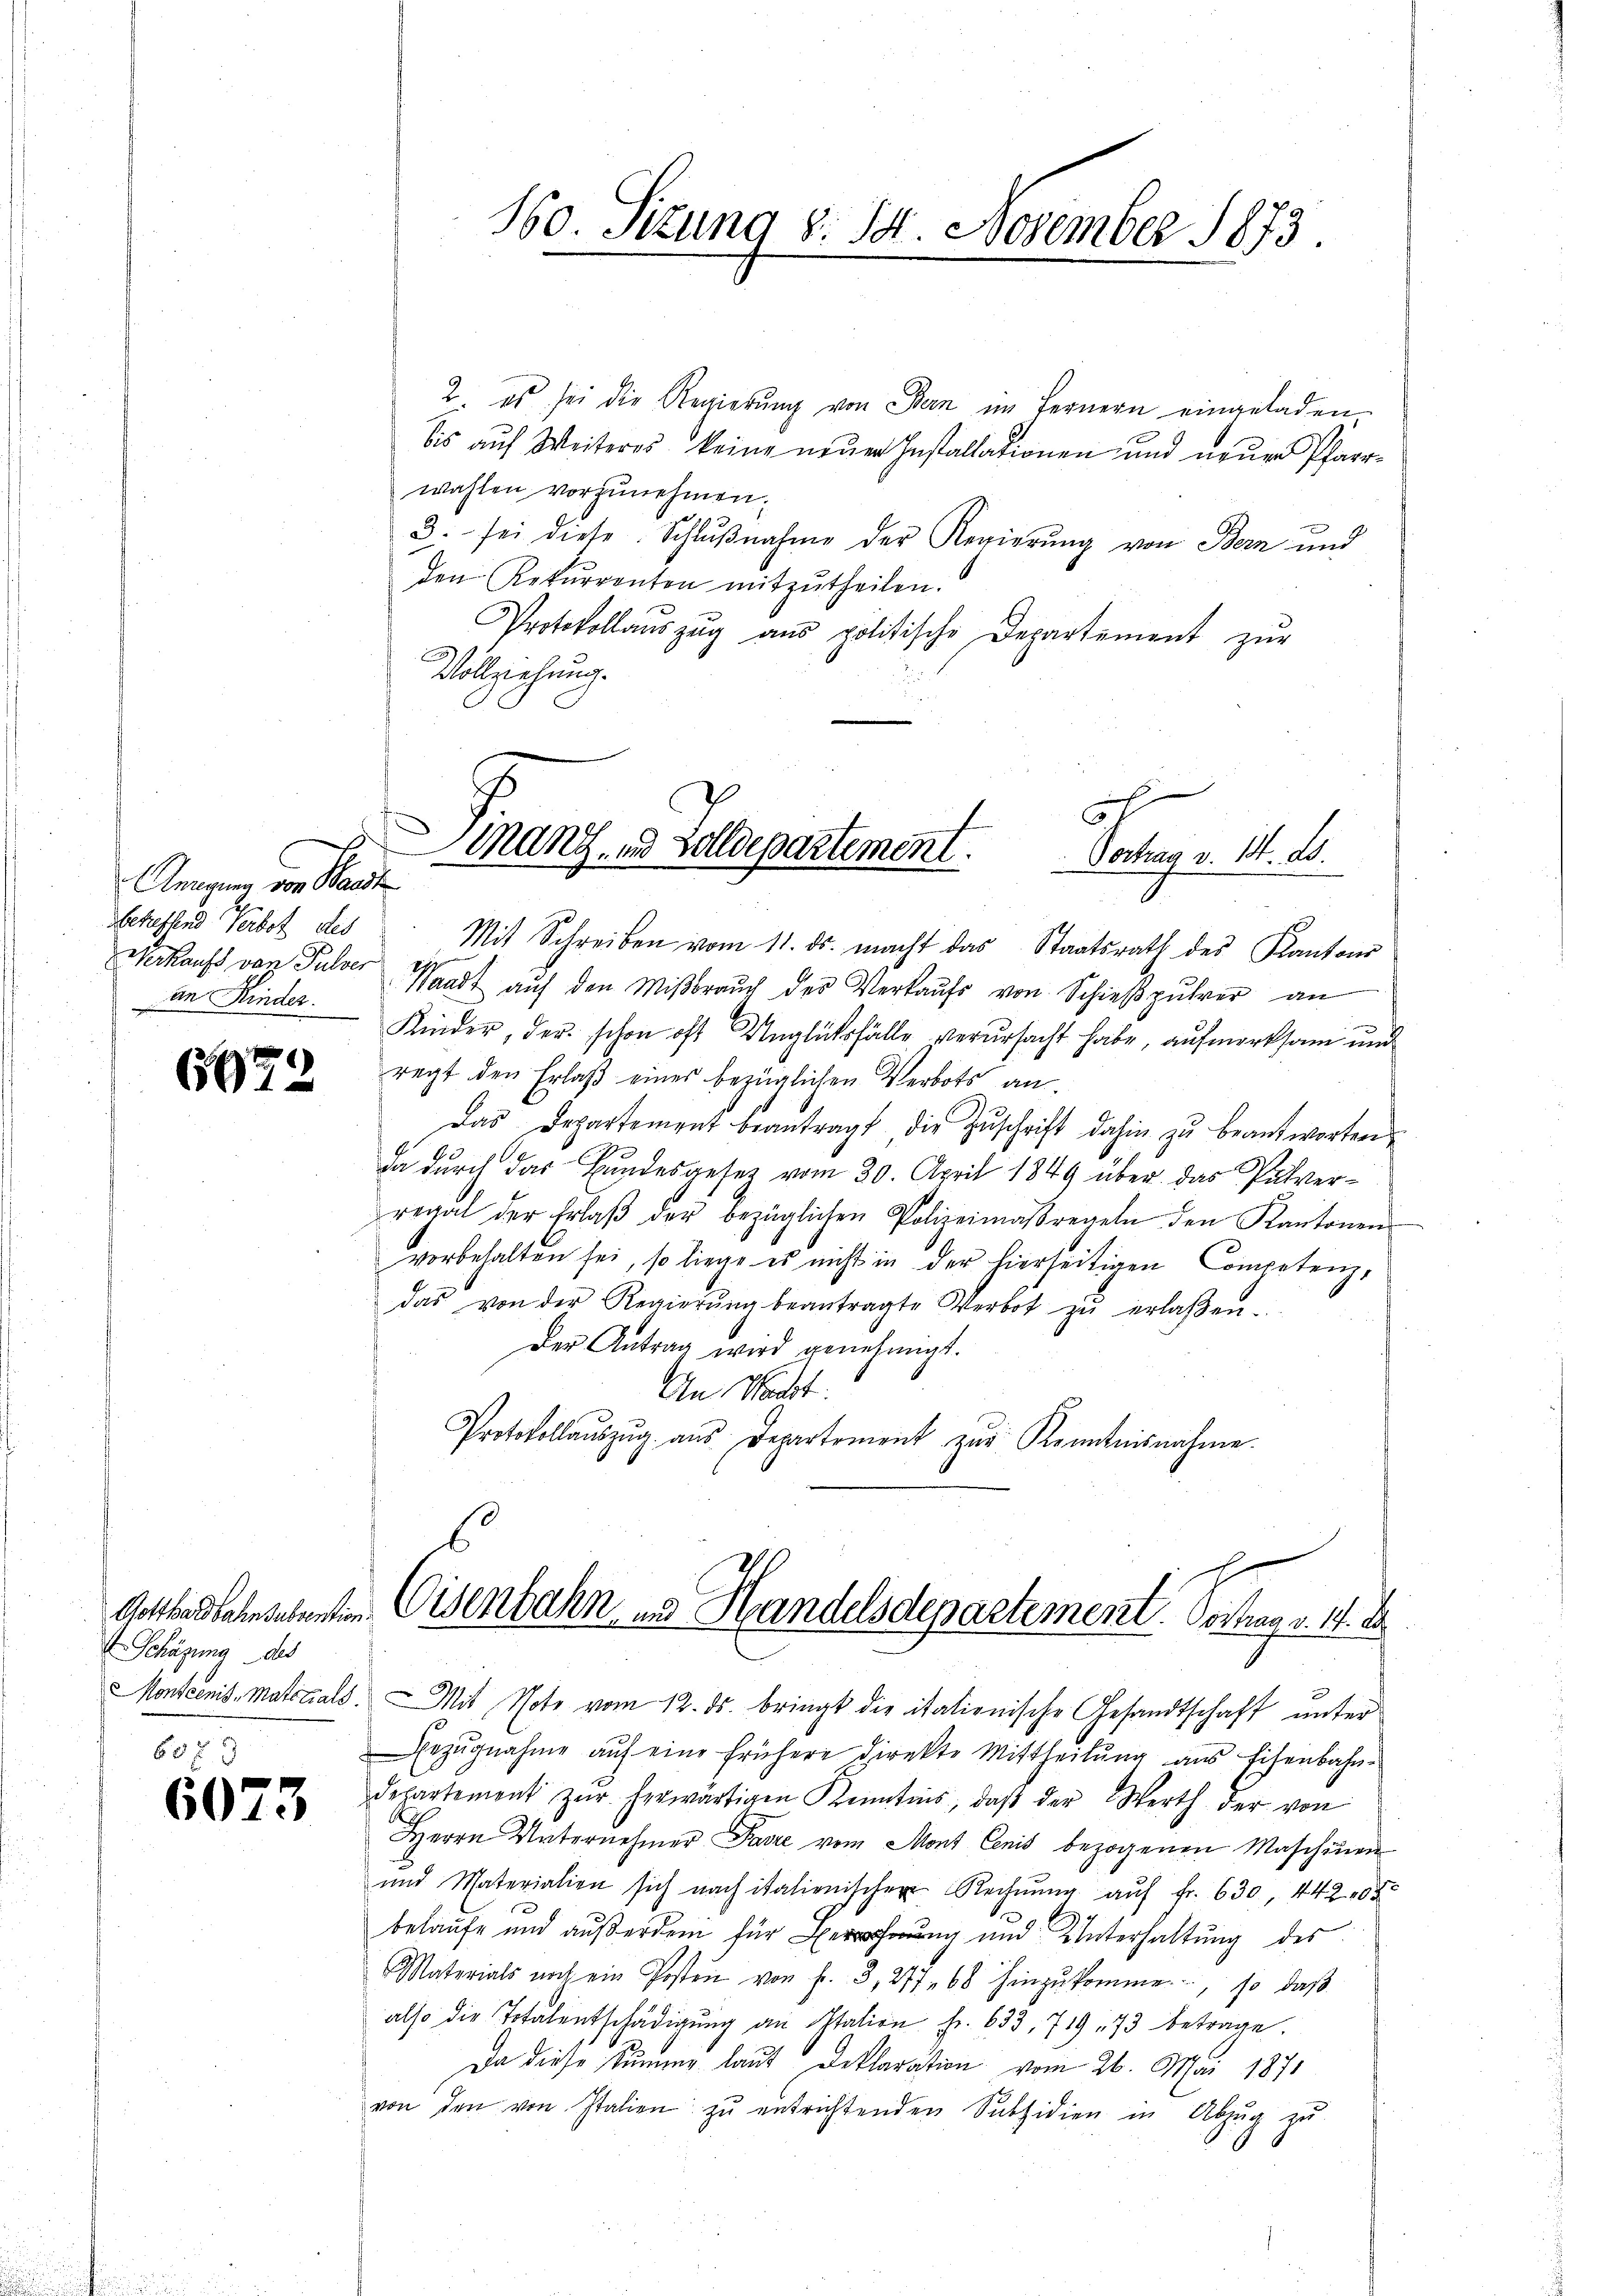
Angum von Waadt
Befehlend Verbot des
Verkaufs von Pulver
Dan Kinder.

667

2

Schäzung des

6073

2. es sei die Regierŭng von Bern im fernern eingeladen
bis aŭf Weiteres keine neŭen Installationen und neŭen Pfarr-
wahlen vorzunehmen.
3. sei diese Schlŭβnahme der Regierŭng von Bern und
den Rekurrenten mitzŭtheilen.
Protokollaŭszŭg aŭs politische Departement zŭr
Vollziehung.
Mit Schreiben vom 11. ds. macht das Staatsrath des Kantons
Waadt aŭf den Miβbraŭch des Verkaŭfs von Schieβpŭhrer an
Kinder, der schon oft Unglüksfälle verursacht habe, aufmerksam und
regt den Erlaβ eines bezüglichen Verbots an
Das Departement beantragt die Zŭschrift dahin zŭ beantworten
da durch das Bundesgesetz vom 30. April 1849 über das Pulverregal der Erlaβ der bezüglichen Polizeimaßregeln den Kantonen-
vorbehalten sei, so liege es nicht in der hierseitigen Competenz,
das von der Regierŭng beantragte Verbot zŭ erlaβen.
Der Antrag wird genehmigt.
An Waadt:
Protokollaŭszŭg aŭs Departement zŭr Kenntnisnahme.
Gotthardbahnendenten Eisenbahn und Handelsdepartement. Vortrag v. 17. de
Monscinis-Materials. Mit Note vom 12. ds. bringt die italienische Gesandtschaft unter
Bezŭgnahme aŭf eine frühere direkte Mittheilŭng aus Eisenbahn-
departement zur herwärtigen Kenntnis, daβ der Werth der von
Herrn Unternehmer Parze vom Mont Cenis bezogenen Maschinen
und Materialien sich nach italienischen Rechnŭng aŭf fr. 630, 442 05
belaufe und außerdem für Bercherung und Unterhaltung des
Materials noch ein Posten von fr. 3, 277. 68 hinzŭkomme, so daβ
also die Totalentschädigŭng an Station Fr. 633, 719 273 betrage.
Da diese Summe laut Deklaration vom 26. Mai 1871
von den von Italien zŭ entrichtenden Subsidien in Abzŭg zŭ

160. Sitzung d. 14. November 1873.

h
s
Finanz, in Zolldepartement.
Vortrag v. 14. ds.